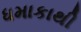
ધમાકાથી